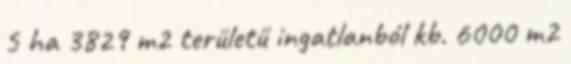
5 ha 3829 m2 területű ingatlanból kb. 6000 m2